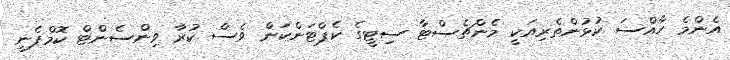
އެންމެ ހާއްސަ ކުޅުންތެރިއަކީ މެންޗެސްޓާ ސިޓީގެ ކެޕްޓަންކަން ވެސް ކުރާ ވިންސެންޓް ކޮމްޕެނީ